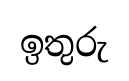
ඉතුරු